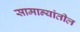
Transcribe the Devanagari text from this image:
सामान्यांतील